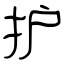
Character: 护